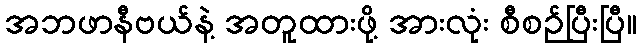
အဘဖာနီဗယ်နဲ့ အတူထားဖို့ အားလုံး စီစဉ်ပြီးပြီ။